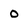
Character: 0